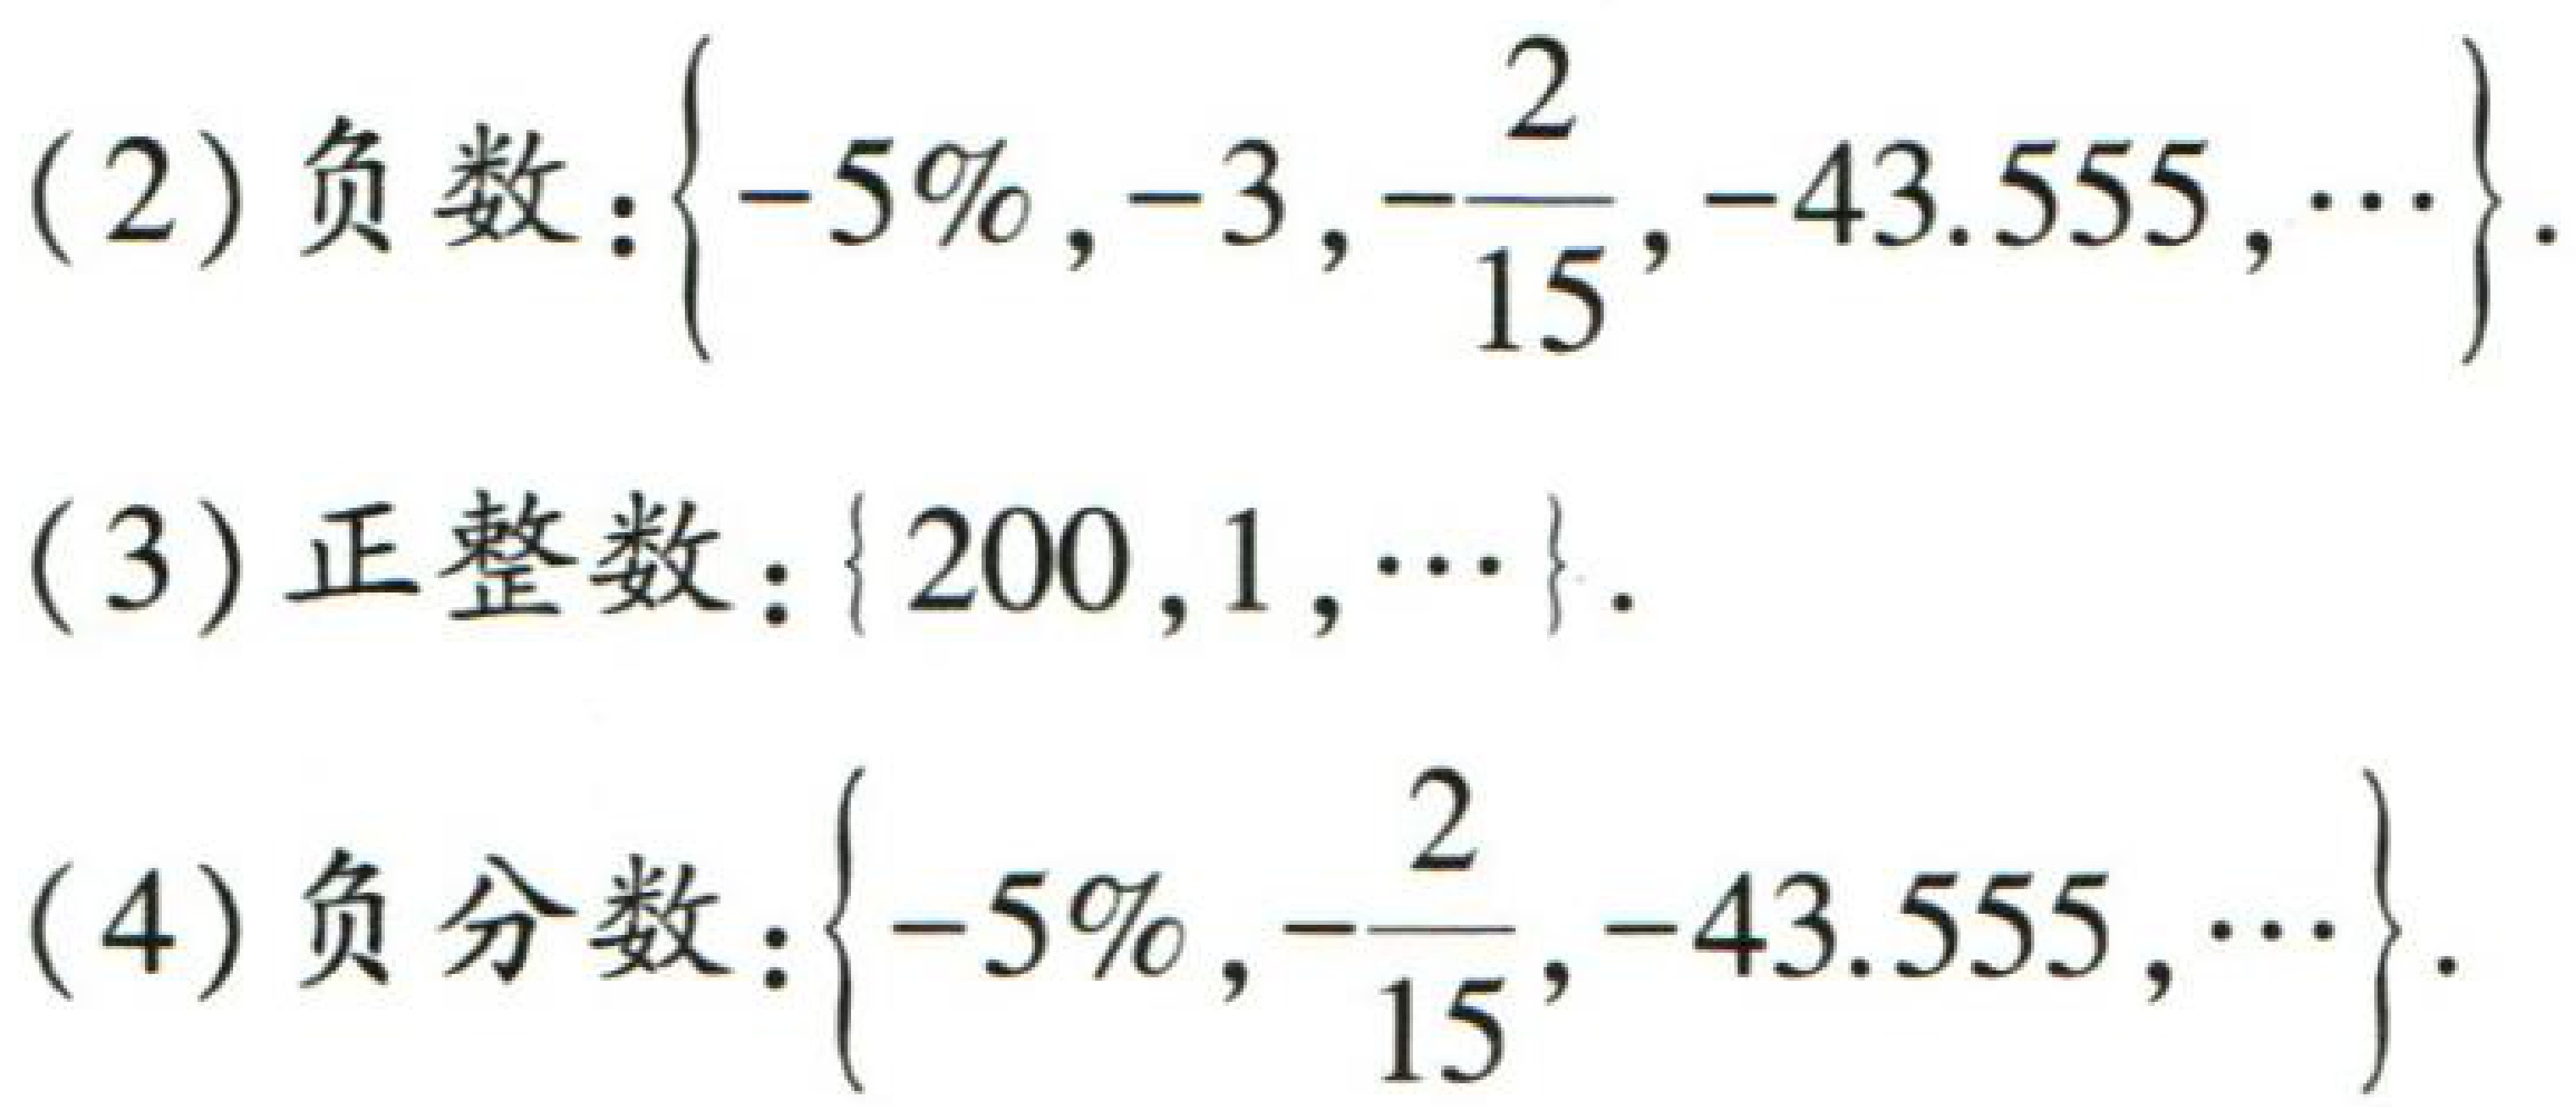
(2) 负数：\(\{-5\%, -3, -\frac{2}{15}, -43.555, \cdots\}\).
(3) 正整数：\(\{200, 1, \cdots\}\).
(4) 负分数：\(\{-5\%, -\frac{2}{15}, -43.555, \cdots\}\).